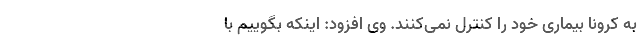
به کرونا بیماری خود را کنترل نمی‌کنند. وی افزود: اینکه بگوییم با